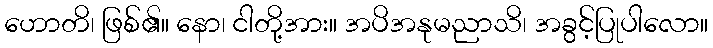
ဟောတိ၊ ဖြစ်၏။ နော၊ ငါတို့အား။ အပိအနုမညာသိ၊ အခွင့်ပြုပါလော။